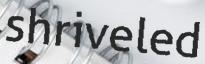
shriveled